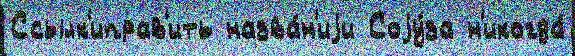
Ссылк'иправ'ить назва́н'иjи Соjу́за н'икогда́